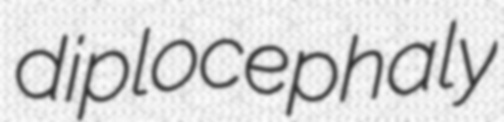
diplocephaly